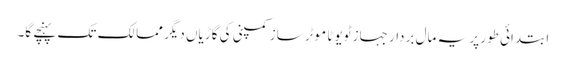
ابتدائی طور پر یہ مال بردار جہاز ٹویوٹا موٹر ساز کمپنی کی گاڑیاں دیگر ممالک تک پہنچے گا۔